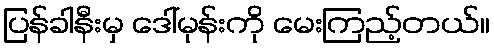
ပြန်ခါနီးမှ ဒေါ်မုန်းကို မေးကြည့်တယ်။